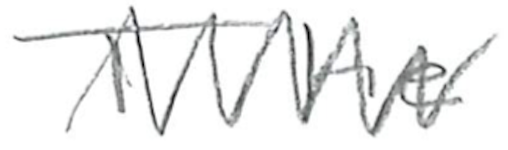
Text: The
Cross-out: mix
Writing tool: pencil